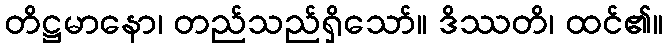
တိဋ္ဌမာနော၊ တည်သည်ရှိသော်။ ဒိဿတိ၊ ထင်၏။